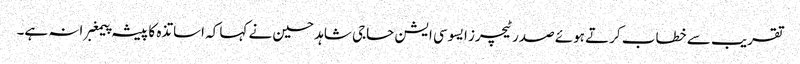
تقریب سے خطاب کرتے ہوئے صدر ٹیچرز ایسوسی ایشن حاجی شاہد حسین نے کہا کہ اساتذہ کا پیشہ پیمغبرانہ ہے۔